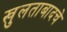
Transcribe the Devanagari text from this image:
खुलताबादचे